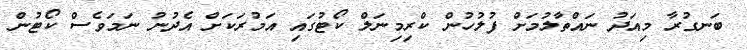
ބަނގުރާ މިއަދު ނައްތާލުމަށް ފުލުހުން ކްރިމިނަލް ކޯޓުގައި އަމުރަކަށް އެދުނު ނަމަވެސް ކޯޓުން